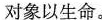
对象以生命。